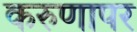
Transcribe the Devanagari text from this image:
करुणापर